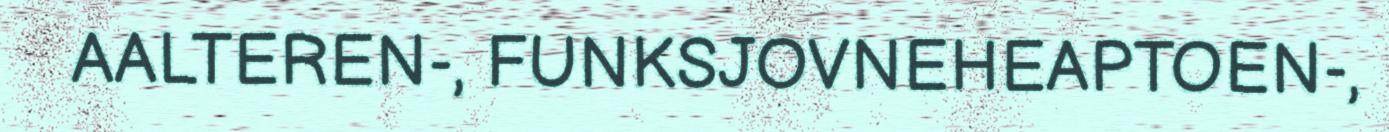
AALTEREN-, FUNKSJOVNEHEAPTOEN-,